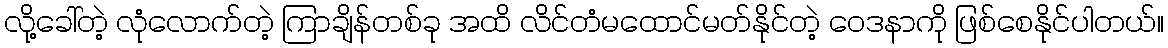
လို့ခေါ်တဲ့ လုံလောက်တဲ့ ကြာချိန်တစ်ခု အထိ လိင်တံမထောင်မတ်နိုင်တဲ့ ဝေဒနာကို ဖြစ်စေနိုင်ပါတယ်။